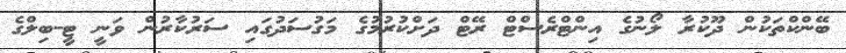
ބޭންކްތަކުން ދޫކުރާ ލޯނުގެ އިންޓްރެސްޓް ރޭޓް ދަށްކުރުމުގެ މަގުސަދުގައި ސަރުކާރުން ވަނީ ޓީ-ބިލްގެ